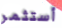
أستثمر